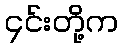
၄င်းတို့က